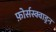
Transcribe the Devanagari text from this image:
फ़ोर्सस्क्वाड्रन